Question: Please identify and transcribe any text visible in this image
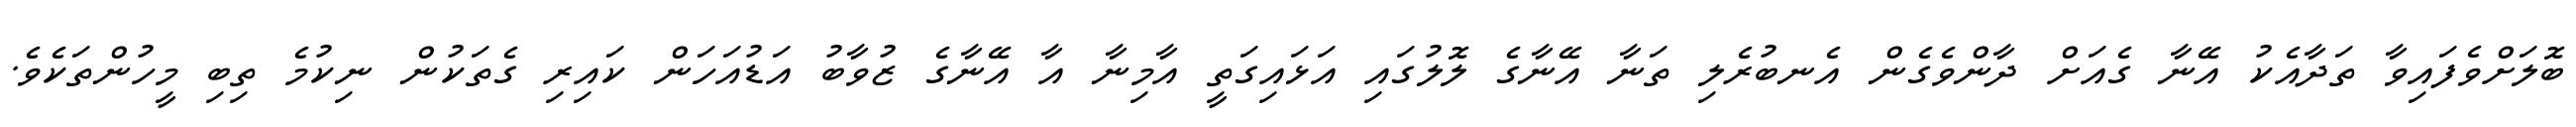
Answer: ބޮލަށްވެފައިވާ ތަދާއެކު އޭނާ ގެއަށް ދާންވެގެން އެނބުރެލި ތަނާ އޭނާގެ ލޮލުގައި އަޅައިގަތީ އާމިނާ އާ އޭނާގެ ޒުވާބު އަޑުއަހަން ކައިރި ގެތަކުން ނިކުމެ ތިބި މީހުންތަކެވެ.